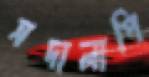
সদালাপি